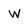
Character: W